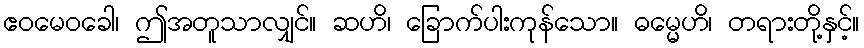
ဧဝမေဝခေါ၊ ဤအတူသာလျှင်။ ဆဟိ၊ ခြောက်ပါးကုန်သော။ ဓမ္မေဟိ၊ တရားတို့နှင့်။